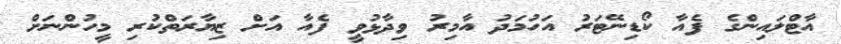
އާޓްލައިންގެ ފެއާ ކޯޑިނޭޓަރު އަހުމަދު އާމިރު ވިދާޅުވީ ފެއާ އަށް ޒިޔާރަތްކުރި މީހުންނަށް